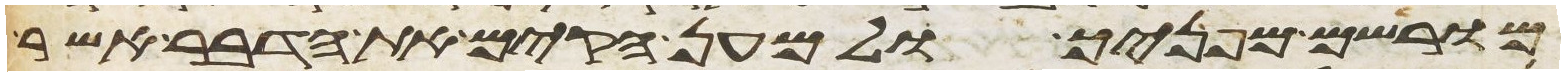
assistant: מורישם מפניך ולמען הקים את הדבר אשר